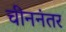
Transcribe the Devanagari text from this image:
चीननंतर